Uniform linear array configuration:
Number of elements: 12
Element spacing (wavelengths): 0.75
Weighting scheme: binomial
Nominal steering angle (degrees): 0
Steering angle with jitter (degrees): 0.01253
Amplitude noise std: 0.05
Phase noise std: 0.05

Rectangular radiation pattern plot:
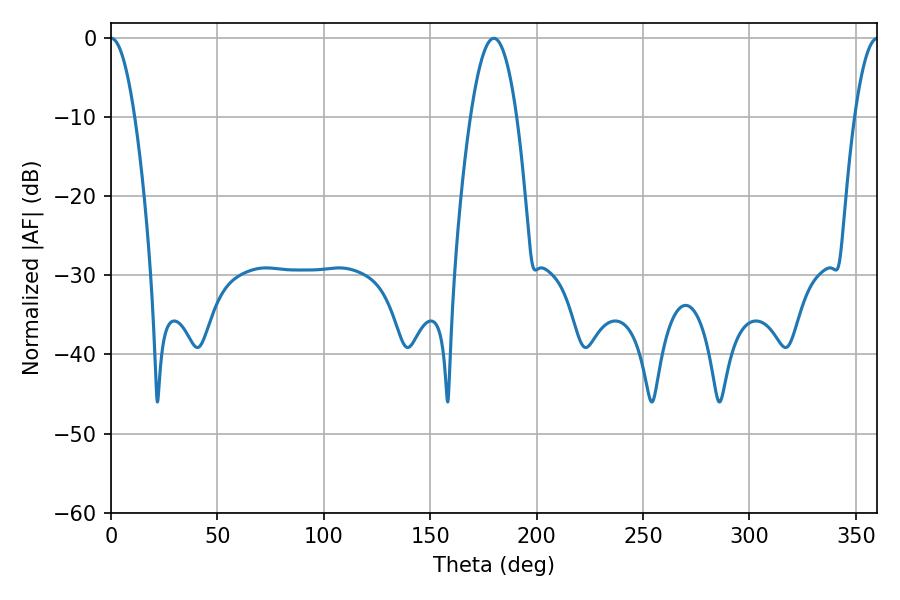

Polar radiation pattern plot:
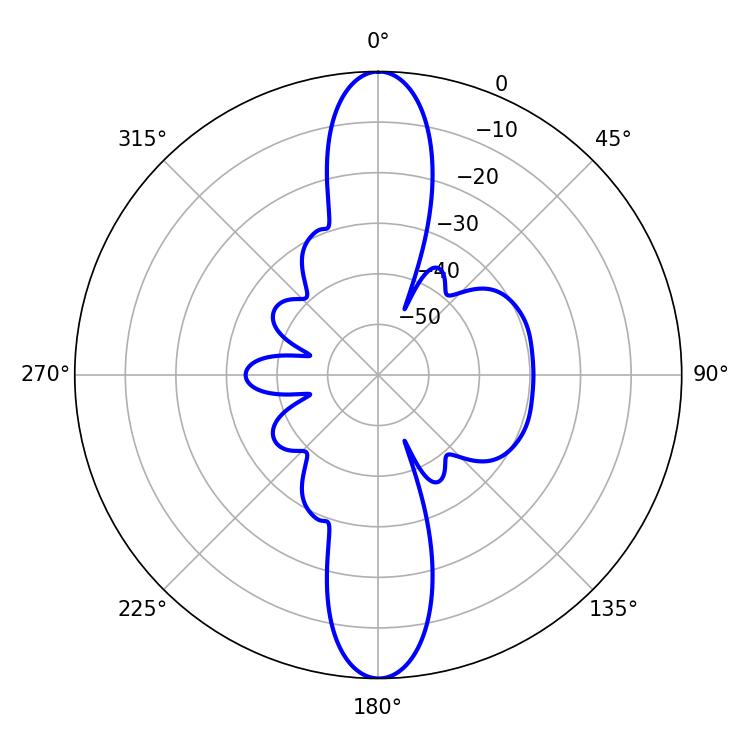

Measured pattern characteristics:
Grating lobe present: TRUE
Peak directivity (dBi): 29.016
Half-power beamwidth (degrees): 6.12
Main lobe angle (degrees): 0.18